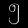
Digit: ၅